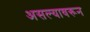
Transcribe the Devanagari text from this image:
असल्यावरून